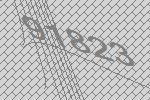
91823